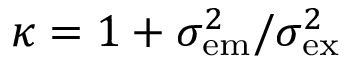
\kappa = 1 + \sigma _ { \mathrm { e m } } ^ { 2 } / \sigma _ { \mathrm { e x } } ^ { 2 }